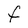
Character: F